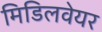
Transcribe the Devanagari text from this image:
मिडिलवेयर